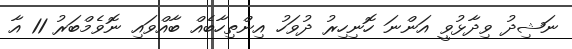
ނަޝިދު ވިދާޅުވީ އަންނަ ހޮނިހިރު ދުވަހު އިންތިހާބެއް ބާއްވައި ނޮވެމްބަރު 11 އާ